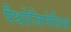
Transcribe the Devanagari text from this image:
पैथोजिनेसिस